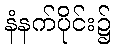
နံနက်ပိုင်း၌